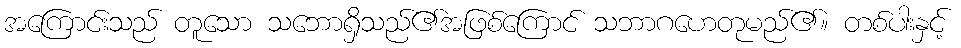
အကြောင်းသည် တူသော သဘောရှိသည်၏အဖြစ်ကြောင် သဘာဂဟေတုမည်၏။ တစ်ပါးနှင့်